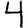
Digit: 4